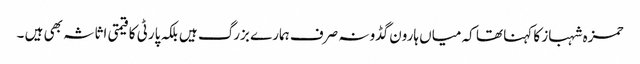
حمزہ شہباز کا کہنا تھا کہ میاں ہارون گڈو نہ صرف ہمارے بزرگ ہیں بلکہ پارٹی کا قیمتی اثاثہ بھی ہیں ۔